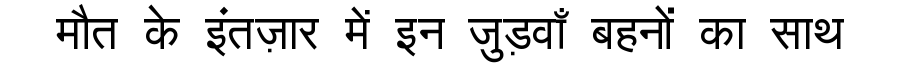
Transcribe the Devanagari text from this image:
मौत के इंतज़ार में इन जुड़वाँ बहनों का साथ